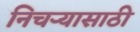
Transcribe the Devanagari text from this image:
निचर्‍यासाठी